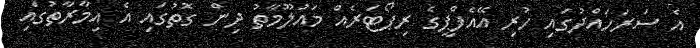
އެ ސަރަހައްދުގައި ހުރި އޭއެފްޕީގެ ރިޕޯޓަރެއް މައުލޫމާތު ދިން ގޮތުގައި އެ އިމާރާތުގައި